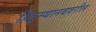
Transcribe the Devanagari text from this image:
हिंदुस्थानबवरील